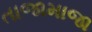
તાજામાજા